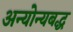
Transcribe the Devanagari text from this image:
अन्योन्यबद्ध